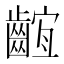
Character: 𪘫